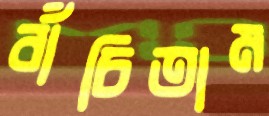
বাঁচিতাম